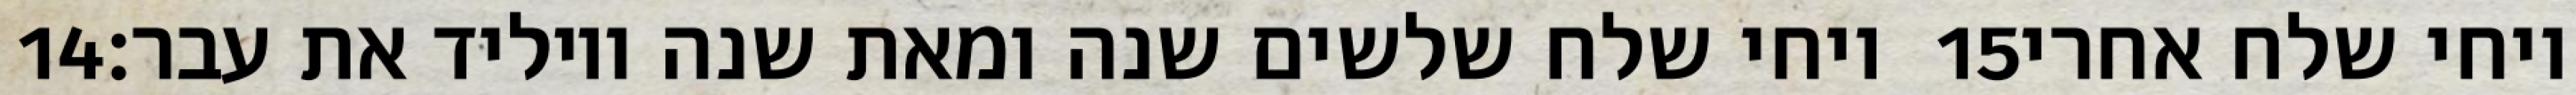
‎14‏ ויחי שלח שלשים שנה ומאת שנה ויוליד את עבר׃ ‎15‏ ויחי שלח אחרי